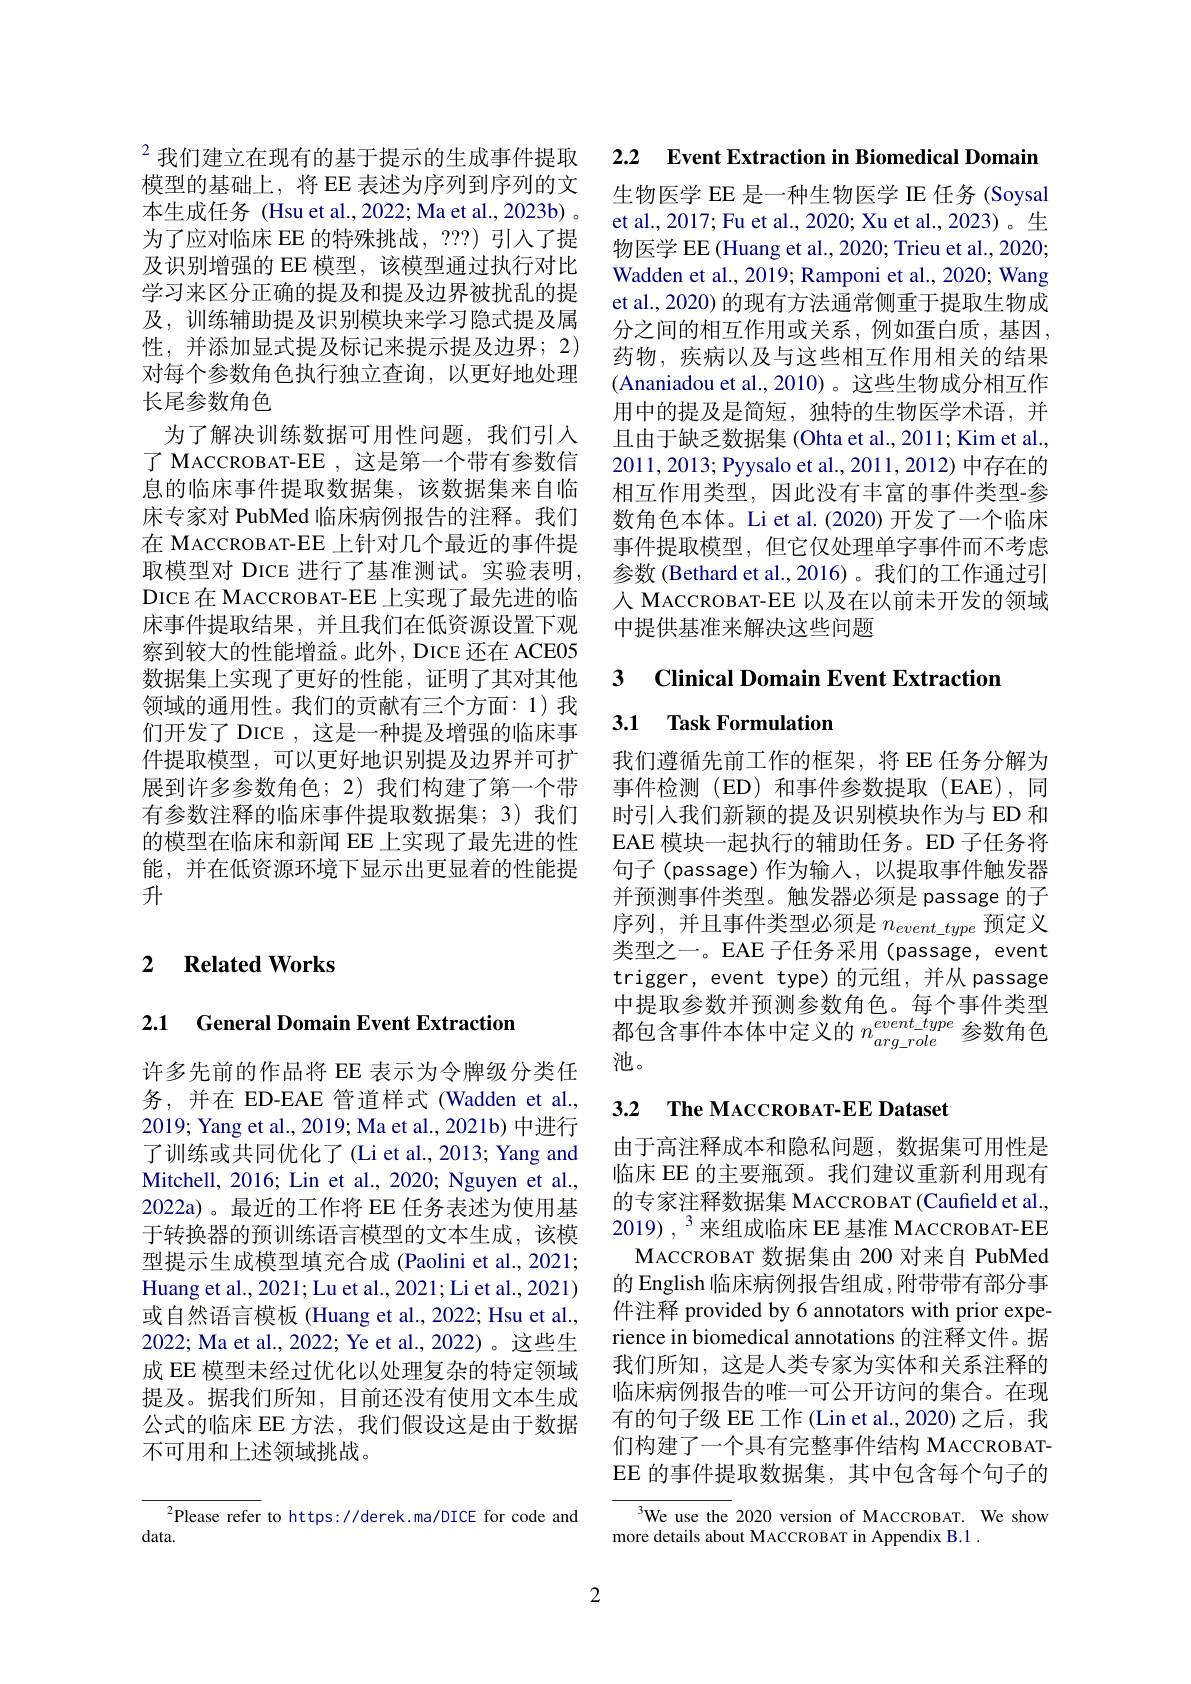
$^2$我们建立在现有的基于提示的生成事件提取模型的基础上，将 EE 表述为序列到序列的文本生成任务 (Hsu et al., 2022; Ma et al., 2023b) 。为了应对临床 EE 的特殊挑战，???) 引人了提及识别增强的 EE 模型，该模型通过执行对比学习来区分正确的提及和提及边界被扰乱的提及，训练辅助提及识别模块来学习隐式提及属性，并添加显式提及标记来提示提及边界；2) 对每个参数角色执行独立查询，以更好地处理长尾参数角色
为了解决训练数据可用性问题，我们引入了 MACCROBAT-EE , 这是第一个带有参数信息的临床事件提取数据集，该数据集来自临床专家对 PubMed 临床病例报告的注释。我们在 MACCROBAT-EE 上针对几个最近的事件提取模型对 DICE 进行了基准测试。实验表明， DICE 在 MACCROBAT-EE 上实现了最先进的临床事件提取结果，并且我们在低资源设置下观察到较大的性能增益。此外，DICE 还在 ACE05数据集上实现了更好的性能，证明了其对其他领域的通用性。我们的贡献有三个方面：1)我们开发了 DICE , 这是一种提及增强的临床事件提取模型，可以更好地识别提及边界并可扩展到许多参数角色；2)我们构建了第一个带有参数注释的临床事件提取数据集；3)我们的模型在临床和新闻 EE 上实现了最先进的性能，并在低资源环境下显示出更显着的性能提升

## 2 Related Works

## 2.1 General Domain Event Extraction

许多先前的作品将 EE 表示为令牌级分类任务，并在 ED-EAE 管道样式 (Wadden et al., 2019; Yang et al., 2019; Ma et al., 2021b) 中进行了训练或共同优化了(Li et al., 2013; Yang and Mitchell, 2016; Lin et al., 2020; Nguyen et al., 2022a)。最近的工作将 EE 任务表述为使用基于转换器的预训练语言模型的文本生成，该模型提示生成模型填充合成 (Paolini et al., 2021; Huang et al., 2021; Lu et al., 2021; Li et al., 2021) 或自然语言模板 (Huang et al., 2022; Hsu et al., 2022; Ma et al., 2022; Ye et al., 2022)。这些生成 EE 模型未经过优化以处理复杂的特定领域提及。据我们所知，目前还没有使用文本生成公式的临床 EE 方法，我们假设这是由于数据不可用和上述领域挑战。

$^{2}$Please refer to https://derek.ma/DICE for code and
data.

2.2 $\textbf{Event Extraction in Biomedical Domain}$

生物医学 EE 是一种生物医学 IE 任务 (Soysal et al., 2017; Fu et al., 2020; Xu et al., 2023)。生物医学 EE (Huang et al., 2020; Trieu et al., 2020; Wadden et al., 2019; Ramponi et al., 2020; Wang et al., 2020) 的现有方法通常侧重于提取生物成分之间的相互作用或关系，例如蛋白质，基因， 药物，疾病以及与这些相互作用相关的结果(Ananiadou et al., 2010)。这些生物成分相互作用中的提及是简短，独特的生物医学术语，并且由于缺乏数据集 (Ohta et al., 2011; Kim et al., 2011, 2013; Pyysalo et al., 2011, 2012) 中存在的相互作用类型，因此没有丰富的事件类型-参数角色本体。Li et al.(2020)开发了一个临床事件提取模型，但它仅处理单字事件而不考虑参数 (Bethard et al., 2016) 。我们的工作通过引人 MACCROBAT-EE 以及在以前未开发的领域中提供基准来解决这些问题

## 3 Clinical Domain Event Extraction

## 3.1 Task Formulation

我们遵循先前工作的框架，将 EE 任务分解为事件检测(ED)和事件参数提取(EAE),同时引入我们新颖的提及识别模块作为与 ED 和EAE 模块一起执行的辅助任务。ED 子任务将句子(passage)作为输入，以提取事件触发器并预测事件类型。触发器必须是 passage 的子序列，并且事件类型必须是$n_event\_type$预定义类型之一。EAE 子任务采用 (passage, event trigger, event type)的元组，并从 passage 中提取参数并预测参数角色。每个事件类型都包含事件本体中定义的$n_arg\_role^{event\_type}$参数角色池。

3.2 $\textbf{The MACCROBAT- EE Dataset}$

由于高注释成本和隐私问题，数据集可用性是临床 EE 的主要瓶颈。我们建议重新利用现有的专家注释数据集 MACCROBAT (Caufield et al., $2019),^3$来组成临床 EE 基准 MACCROBAT-EE
MACCROBAT 数 据 集 由 200 对 来 自 PubMed 的 English 临床病例报告组成 ,附带带有部分事件注释 provided by 6 annotators with prior experience in biomedical annotations 的注释文件。据我们所知，这是人类专家为实体和关系注释的临床病例报告的唯一可公开访问的集合。在现有的句子级 EE 工作 (Lin et al.,2020)之后，我们构建了一个具有完整事件结构 MACCROBATEE 的事件提取数据集，其中包含每个句子的

We use the 2020 version of MACCROBAT. We show
more details about MACCROBAT in Appendix B.1 .

2